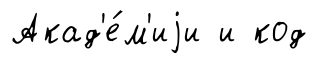
Акад'е́м'иjи и код